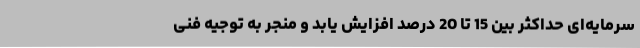
سرمایه‌ای حداکثر بین 15 تا 20 درصد افزایش یابد و منجر به توجیه فنی